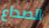
الصداع